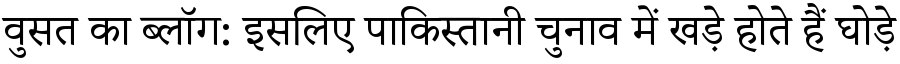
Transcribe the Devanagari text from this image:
वुसत का ब्लॉग: इसलिए पाकिस्तानी चुनाव में खड़े होते हैं घोड़े